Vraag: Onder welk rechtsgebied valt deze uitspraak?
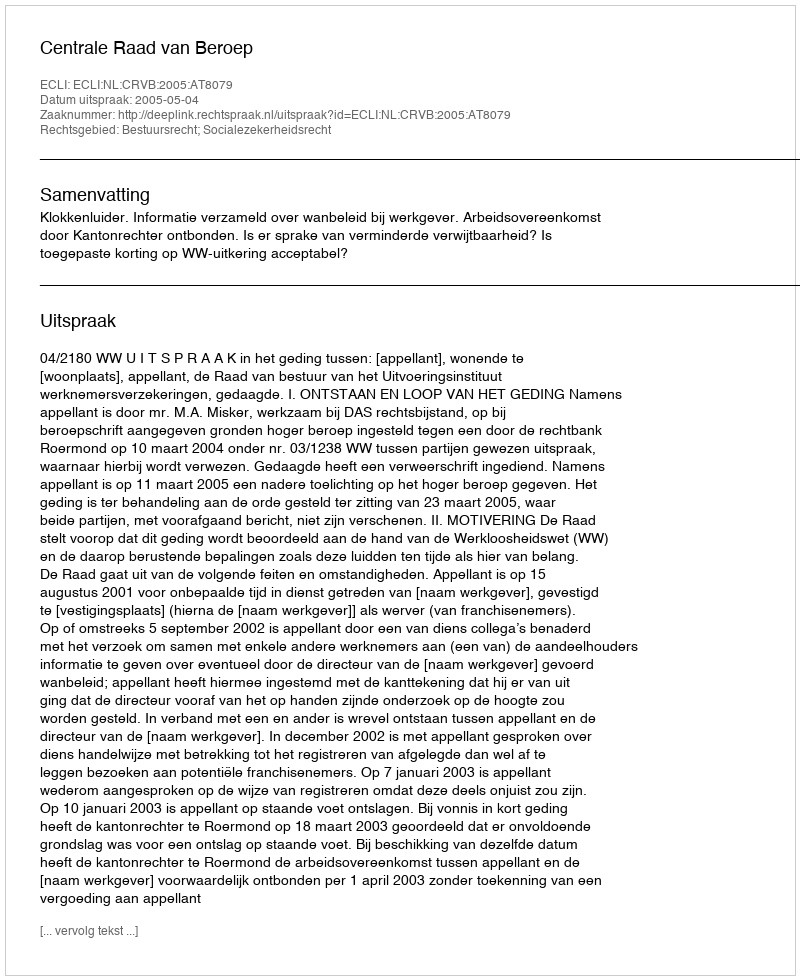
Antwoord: Bestuursrecht; Socialezekerheidsrecht